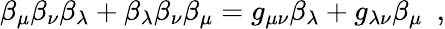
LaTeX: \beta_{\mu}\beta_{\nu}\beta_{\lambda}+\beta_{\lambda}\beta_{\nu}\beta_{\mu}=g_{\mu\nu}\beta_{\lambda}+g_{\lambda\nu}\beta_{\mu}\, \, \, ,